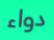
دواء